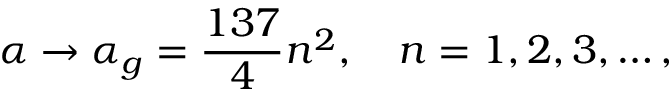
\alpha \to \alpha _ { g } = { \frac { 1 3 7 } { 4 } } n ^ { 2 } , \quad n = 1 , 2 , 3 , \dots ,